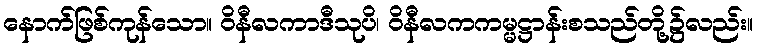
နောက်ဖြစ်ကုန်သော။ ဝိနီလကာဒီသုပိ၊ ဝိနီလကကမ္မဋ္ဌာန်းစသည်တို့၌လည်း။